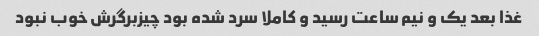
غذا بعد یک و نیم ساعت رسید و کاملا سرد شده بود چیزبرگرش خوب نبود